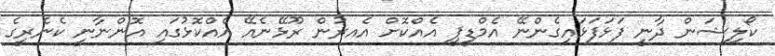
ކޯލިޝަން ދާނީ ފަޅަފަޅައިގެންނޭ އެމްޑީޕީ އެއްކޮށް އެެއރުން ރޫޅޭނެއޭ އެއްކޮޅުގައި އޮންނާނީ ކެނެރީގެ